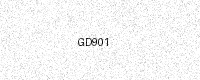
Text: GD901